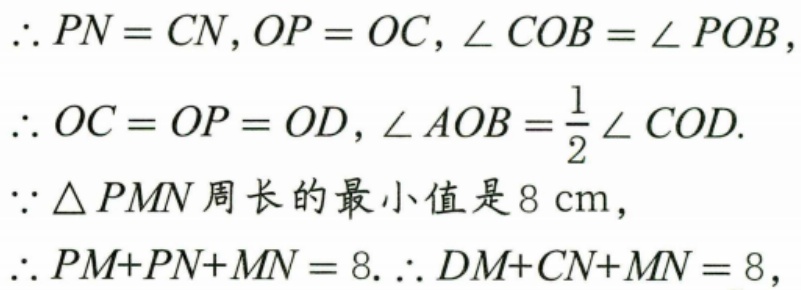
\(\therefore PN = CN,OP = OC,\angle COB=\angle POB\)，
\(\therefore OC = OP = OD,\angle AOB=\frac{1}{2}\angle COD\).
\(\because\triangle PMN\)周长的最小值是\(8\mathrm{cm}\)，
\(\therefore PM + PN+MN = 8.\therefore DM + CN+MN = 8\)，